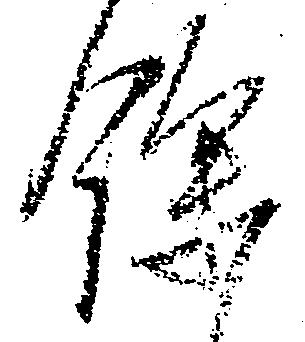
余